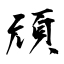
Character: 頑